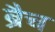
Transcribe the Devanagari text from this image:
ब्रैच